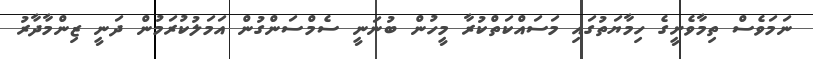
ނަމަވެސް ތިމާވެށީގެ ހިމާޔަތުގައި މަސައްކަތްކުރާ މީހުން ބުނަނީ ސެމްސަންގުން އަމަލުކުރަމުން ދަނީ ޒިންމާދާރު